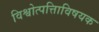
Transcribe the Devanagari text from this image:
विश्वोत्पत्तिाविषयक